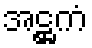
အဋ္ဌကံ